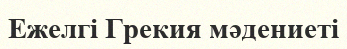
Ежелгі Грекия мәдениеті